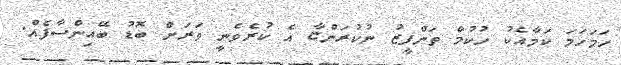
ހަމަހަމަ ކަމާއެކު ހުކުމް ތަންފީޒު ނުކުރަންޏާ އެ ކުރެވެނީ ވަރަށް ބޮޑު ބޭއިންސާފެއް.